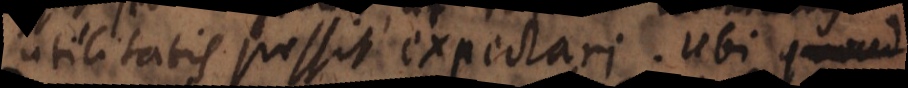
utilitatis possit expectari. Ubi quo